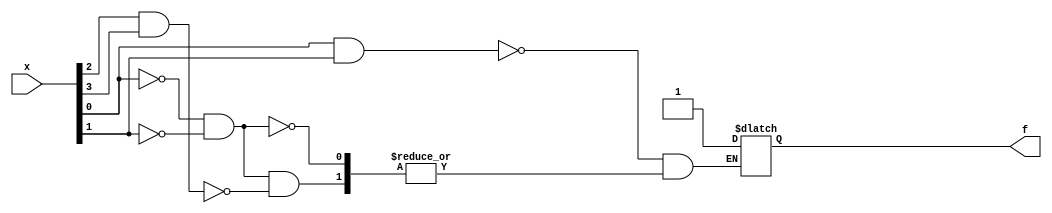
module top_module (
    input [4:1] x,
    output f
); 

  always @(x or f) begin
    if (x[1] & x[2]) begin
      f <= 1;
    end else if (~x[1] & ~x[2]) begin
      if (x[3] & x[4]) begin
        f <= 1;
      end
    end
  end

endmodule